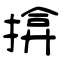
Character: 揜